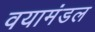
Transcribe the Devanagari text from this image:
वयामंडल